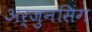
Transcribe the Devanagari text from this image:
अर्जुनसिंग